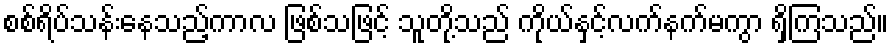
စစ်ရိပ်သန်းနေသည့်ကာလ ဖြစ်သဖြင့် သူတို့သည် ကိုယ်နှင့်လက်နက်မကွာ ရှိကြသည်။